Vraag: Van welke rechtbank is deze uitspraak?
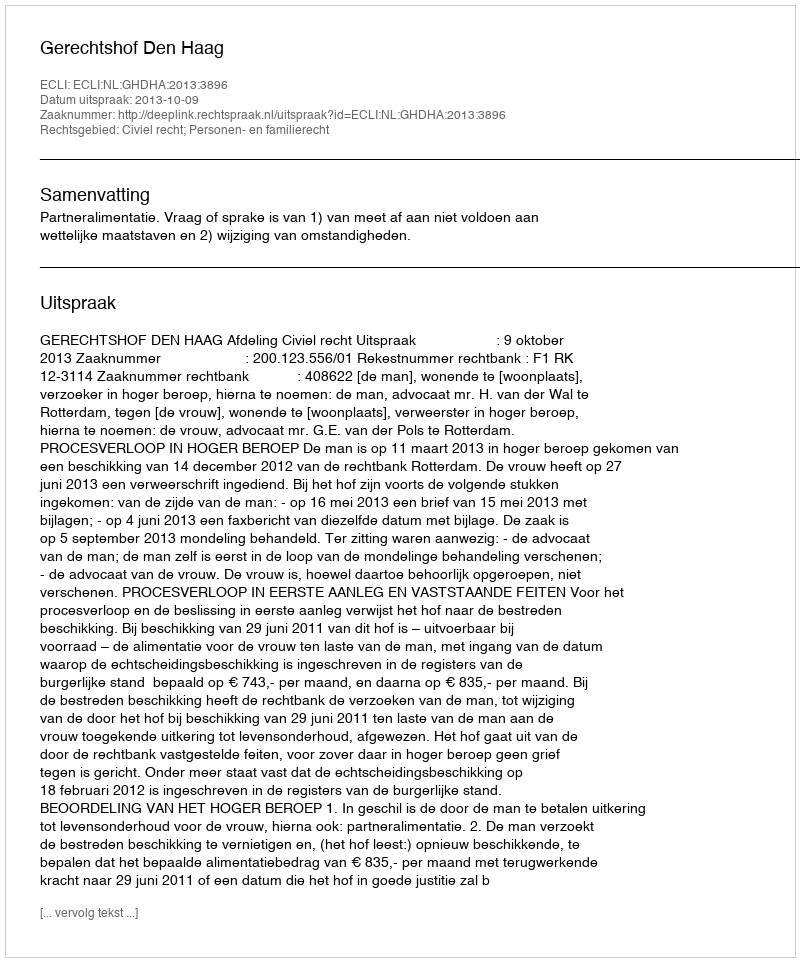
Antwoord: Gerechtshof Den Haag